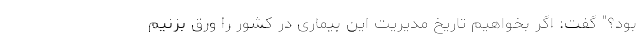
بود؟" گفت: اگر بخواهیم تاریخ مدیریت این بیماری در کشور را ورق بزنیم